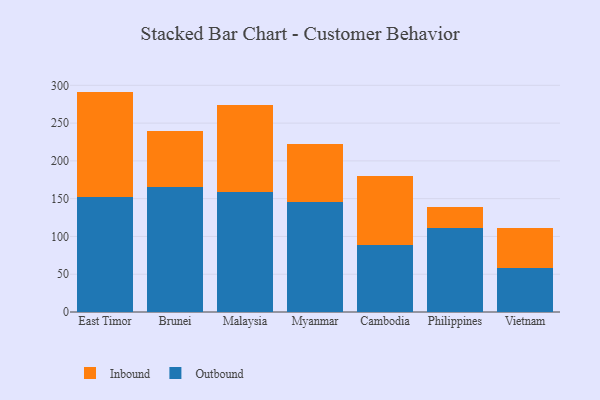
{"axis": {"x": "Country", "y": "Headcount"}, "legend": ["Inbound", "Outbound"], "data": [{"x": "East Timor", "y": 151.9, "type": "Outbound"}, {"x": "East Timor", "y": 139.8, "type": "Inbound"}, {"x": "Brunei", "y": 165.5, "type": "Outbound"}, {"x": "Brunei", "y": 73.5, "type": "Inbound"}, {"x": "Malaysia", "y": 159.2, "type": "Outbound"}, {"x": "Malaysia", "y": 114.7, "type": "Inbound"}, {"x": "Myanmar", "y": 146.2, "type": "Outbound"}, {"x": "Myanmar", "y": 76.0, "type": "Inbound"}, {"x": "Cambodia", "y": 88.5, "type": "Outbound"}, {"x": "Cambodia", "y": 90.9, "type": "Inbound"}, {"x": "Philippines", "y": 111.6, "type": "Outbound"}, {"x": "Philippines", "y": 27.5, "type": "Inbound"}, {"x": "Vietnam", "y": 58.8, "type": "Outbound"}, {"x": "Vietnam", "y": 51.9, "type": "Inbound"}]}